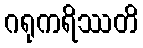
ဂရုကရိဿတိ